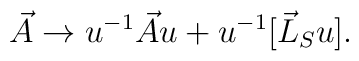
\vec{A} \rightarrow u^{-1}\vec{A}u + u^{-1}[\vec{L}_S u] .